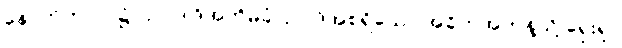
နောက်ကာလ၌။ ဥပ္ပါဒါဒိအဘိမုခံ၊ ဥပါဒ်အစရှိသော အခိုက်အတန့်သို့ ရှေးရှု။